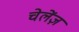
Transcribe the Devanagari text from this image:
चेलेंज़